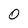
Character: 0